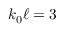
k _ { 0 } \ell = 3